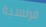
فرنسية